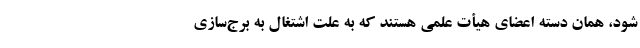
شود، همان دسته اعضای هیأت علمی‌ هستند که به علت اشتغال به برج‌سازی